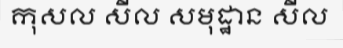
កុសល សីល សមុដ្ឋាន សីល